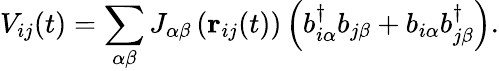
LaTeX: V_{ij}(t)=\sum_{\alpha\beta}J_{\alpha\beta}\left({\mathbf r}_{ij}(t)\right)\left(b_{i\alpha}^{\dagger}b_{j\beta}+b_{i\alpha}b_{j\beta}^{\dagger}\right).